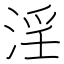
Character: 淫